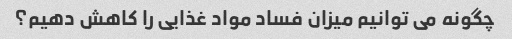
چگونه می توانیم میزان فساد مواد غذایی را کاهش دهیم؟